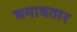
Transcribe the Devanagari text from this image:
भगावतार